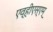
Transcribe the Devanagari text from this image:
एव्हीएस्एम्